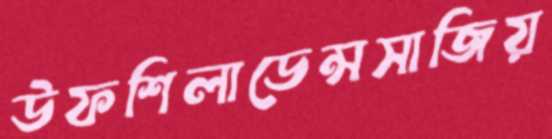
উফশিলাডেন্সসাজিয়